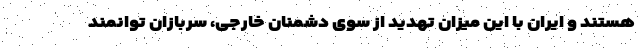
هستند و ایران با این میزان تهدید از سوی دشمنان خارجی، سربازان توانمند